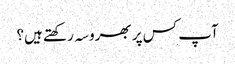
آپ کس پر بھروسہ رکھتے ہیں؟